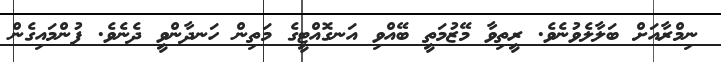
ނިމްރާއަށް ބަލާލެވުނެވެ. ރީތިވާ މޭޒުމަތީ ބޭއްވި އަނގޮއްޓީގެ މަތިން ހަނދާންވީ ދެނެވެ. ފުންމައިގެން